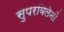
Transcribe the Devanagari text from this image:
सुपरविलेनों